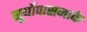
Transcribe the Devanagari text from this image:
सूर्योपासनाके